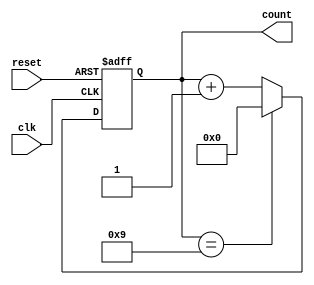
module BCD_Asynchronous_Counter (
    input wire clk,           // Clock input
    input wire reset,         // Asynchronous reset
    output reg [3:0] count    // 4-bit BCD output
);

// Asynchronous reset and counting logic
always @(posedge clk or posedge reset) begin
    if (reset) begin
        count <= 4'b0000;     // Reset count to 0
    end else begin
        if (count == 4'b1001) begin
            count <= 4'b0000; // Reset to 0 when count reaches 9
        end else begin
            count <= count + 1; // Increment count
        end
    end
end

endmodule